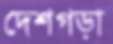
দেশগড়া